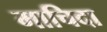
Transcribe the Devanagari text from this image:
माचिदा